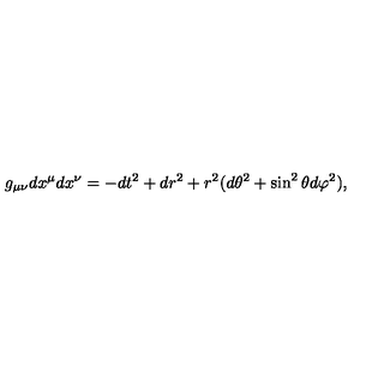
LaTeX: g _ { \mu \nu } d x ^ { \mu } d x ^ { \nu } = - d t ^ { 2 } + d r ^ { 2 } + r ^ { 2 } ( d \theta ^ { 2 } + \sin ^ { 2 } \theta d \varphi ^ { 2 } ) ,